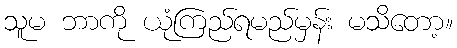
သူမ ဘာကို ယုံကြည်ရမည်မှန်း မသိတော့။